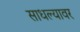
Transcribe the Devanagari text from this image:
साधल्यावर